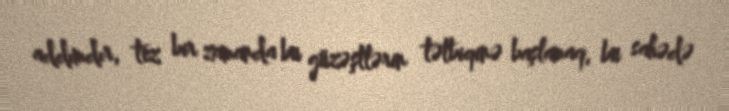
addımdır, tez bir zamanda bu güzəştlərin tətbiqinə başlamaq, bu sahədə